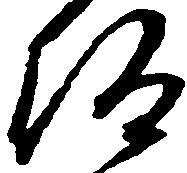
仰